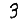
Digit: 3